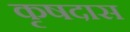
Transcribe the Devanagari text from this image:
कृषदास